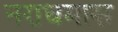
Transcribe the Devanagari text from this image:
नराधमास